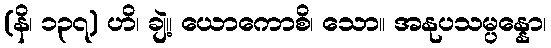
(နိ၊ ၁၃၇) ဟိ၊ ချဲ့။ ယောကောစိ၊ သော။ အနုပသမ္ပန္နော၊